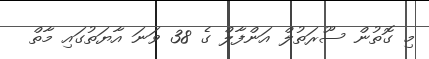
މި ގޮތުން ސޫރަތުލް އަންފާލް ގެ 38 ވަނަ އާޔަތުގައި މާތް